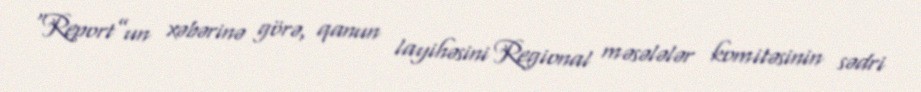
“Report”un xəbərinə görə, qanun layihəsini Regional məsələlər komitəsinin sədri